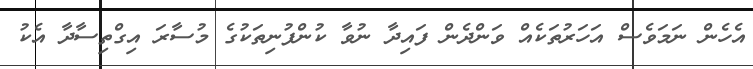
އެހެން ނަމަވެސް އަހަރުތަކެއް ވަންދެން ފައިދާ ނުވާ ކުންފުނިތަކުގެ މުސާރަ އިގްތިސާދާ އެކު